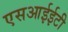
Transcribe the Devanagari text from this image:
एसआईईटी